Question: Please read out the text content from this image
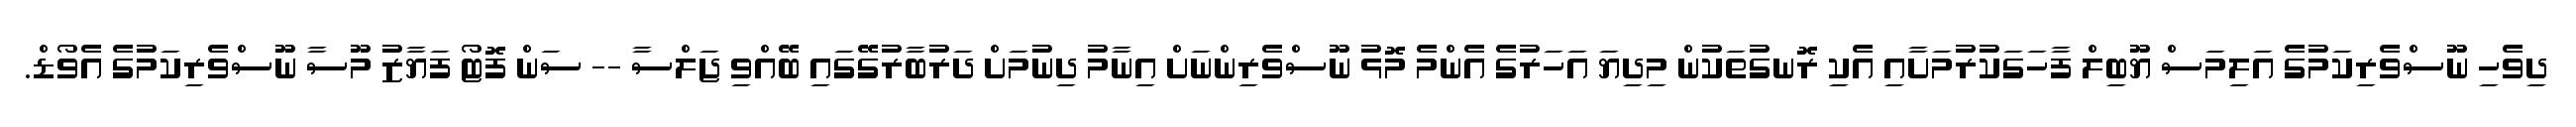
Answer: ދިވެހި ނޫސްވެރިކަމުގެ އަލިމަސް ޔޫބިލް ފާހަގަކުރުމަށާއި އެކި ރޮނގުތަކުން މިދިޔަ އަހަރުގެ އެންމެ މޮޅު ނޫސްވެރިންނަށް އިނާމު ދިނުމަށް ދަރުބާރުގޭގައި ބޭއްވި ޖަލްސާ -- ސަން ފޮޓޯ ފަޔާޒު މޫސާ ނޫސްވެރިކަމުގެ އެވޯޑް.